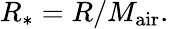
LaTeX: R_{*}=R/M_{\mathrm{air}}.